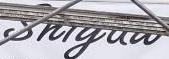
Shiyaw